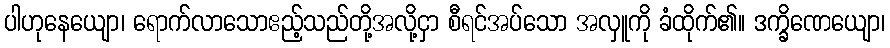
ပါဟုနေယျော၊ ရောက်လာသောဧည့်သည်တို့အလို့ငှာ စီရင်အပ်သော အလှူကို ခံထိုက်၏။ ဒက္ခိဏေယျော၊